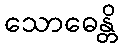
သောဓေန္တိ